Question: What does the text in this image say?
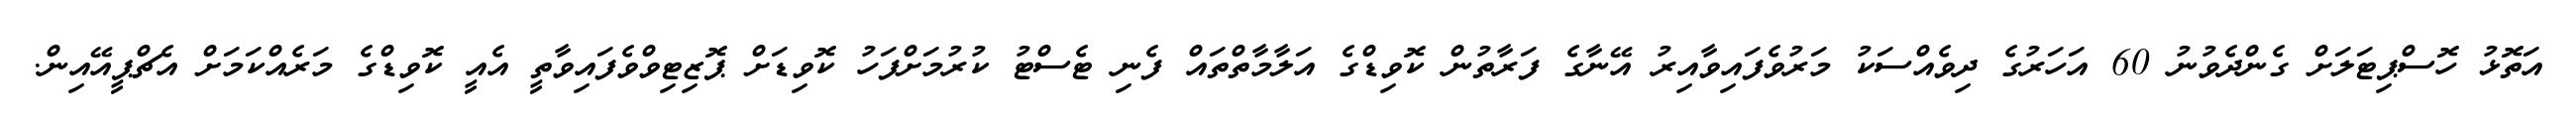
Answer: އަތޮޅު ހޮސްޕިޓަލަށް ގެންދެވުނު 60 އަހަރުގެ ދިވެއްސަކު މަރުވެފައިވާއިރު އޭނާގެ ފަރާތުން ކޮވިޑްގެ އަލާމާތްތައް ފެނި ޓެސްޓު ކުރުމަށްފަހު ކޮވިޑަށް ޕޮޒިޓިވްވެފައިވާތީ އެއީ ކޮވިޑްގެ މަރެއްކަމަށް އެޗްޕީއޭއިން.